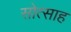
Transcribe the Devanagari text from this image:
सोत्साह